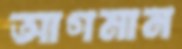
আগমান